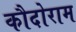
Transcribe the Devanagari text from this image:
कौदोराम